Report on the working of the mental hospitals for Indians in Bihar and Orissa - 1925-1929
Year: 1925
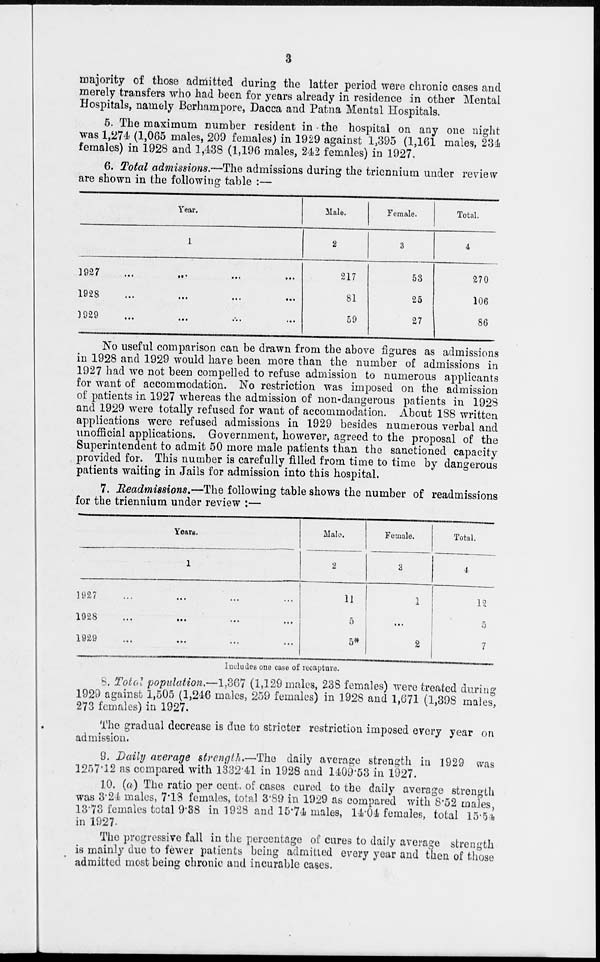
3
majority of those admitted during the latter period were chronic cases and
merely transfers who had been for years already in residence in other Mental
Hospitals, namely Berhampore, Dacca and Patna Mental Hospitals.
5. The maximum number resident in the hospital on any one night
was 1,274 (1,065 males, 209 females) in 1929 against 1,395 (1,161 males, 234
females) in 1928 and 1,438 (1,196 males, 242 females) in 1927.
6. Total admissions.—The admissions during the triennium under review
are shown in the following table :—
Year.
1
1927 ... ... ... ...
1928 ... ... ... ...
1929 ... ... ... ...
Male.
2
217
81
59
Female.
3
53
25
27
Total.
4
270
106
86
No useful comparison can be drawn from the above figures as admissions
in 1928 and 1929 would have been more than the number of admissions in
1927 had we not been compelled to refuse admission to numerous applicants
for want of accommodation. No restriction was imposed on the admission
of patients in 1927 whereas the admission of non-dangerous patients in 1928
and 1929 were totally refused for want of accommodation. About 188 written
applications were refused admissions in 1929 besides numerous verbal and
unofficial applications. Government, however, agreed to the proposal of the
Superintendent to admit 50 more male patients than the sanctioned capacity
provided for. This number is carefully filled from time to time by dangerous
patients waiting in Jails for admission into this hospital.
7. Readmissions.—The following table shows the number of readmissions
for the triennium under review :—
Years.
1
1927 ... ... ... ...
1928 ... ... ... ...
1929 ... ... ... ...
Male.
2
11
5
5*
Female.
3
1
...
2
Total.
4
12
5
7
Includes one case of recapture.
8. Total population.—1,367 (1,129 males, 238 females) were treated during
1929 against 1,505 (1,246 males, 259 females) in 1928 and 1,671 (1,398 males,
273 females) in 1927.
The gradual decrease is due to stricter restriction imposed every year on
admission.
9. Daily average strength.—The daily average strength in 1929 was
1257.12 as compared with 1332.41 in 1928 and 1409.53 in 1927.
10. (a) The ratio per cent. of cases cured to the daily average strength
was 3.24 males, 7.18 females, total 3.89 in 1929 as compared with 8.52 males,
13.73 females total 9.38 in 1928 and 15.74 males, 14.04 females, total 15.54
in 1927.
The progressive fall in the percentage of cures to daily average strength
is mainly due to fewer patients being admitted every year and then of those
admitted most being chronic and incurable cases.